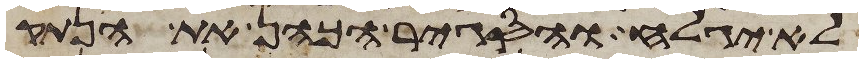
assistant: לא יגלח והסגיר הכהן את הנתק